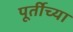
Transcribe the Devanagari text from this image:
पूर्तीच्या